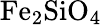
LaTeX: \mathrm{Fe_{2}SiO_{4}}